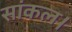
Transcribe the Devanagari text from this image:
सांकल।